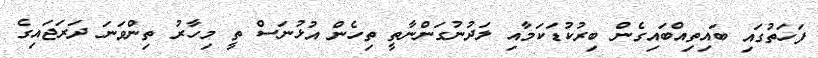
ފަހަތުގައި ބައިތިއްބައިގެން ބިރުކުޑަކަމާއި ލަދުނުގަންނާތީ ތިހެން އުޅުނަސް ތީ މިހާރު ތިންވަނަ ދަރަޖައިގެ